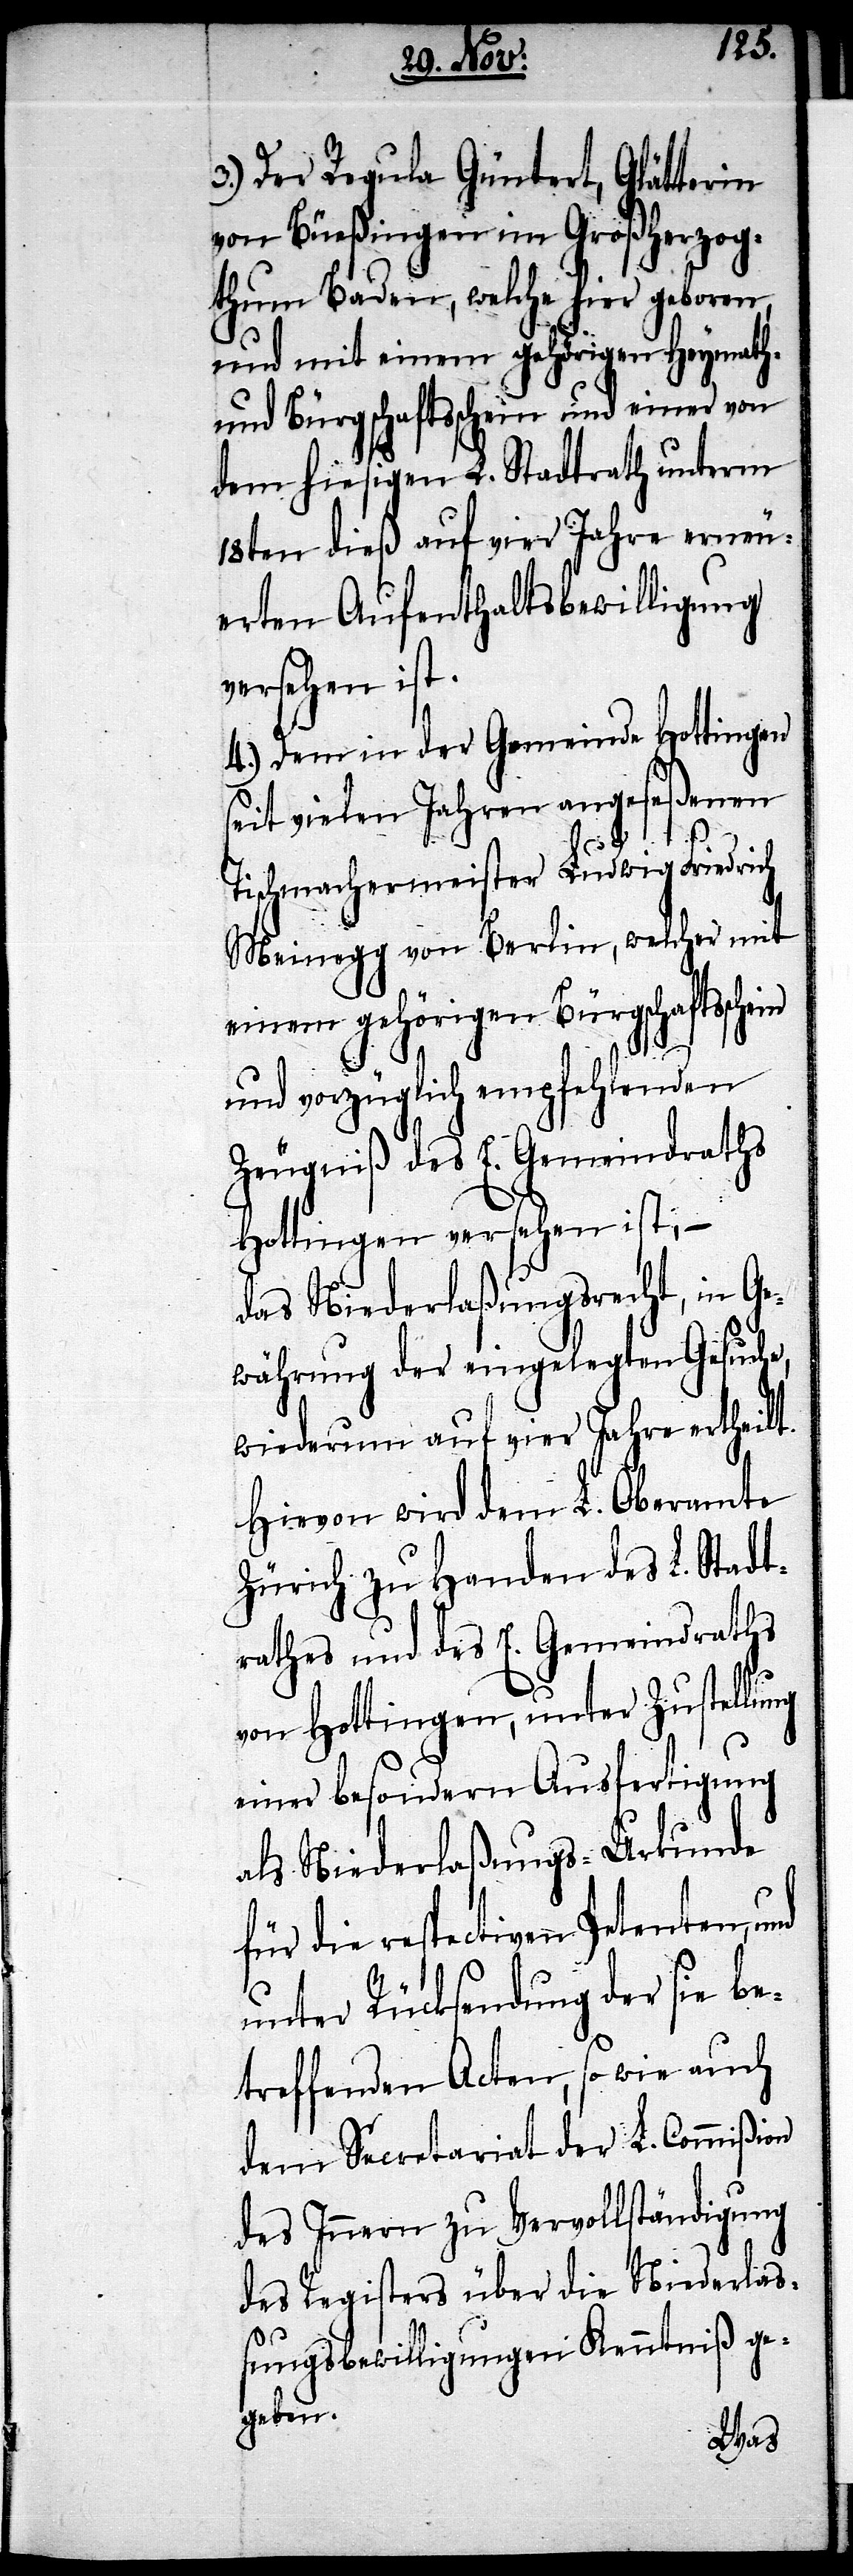
3.) Der Regula Güntert, Glätterin
von Büeßingen im Großherzog¬
thum Baden, welche hier geboren,
und mit einem gehörigen Heymath-
und Bürgschaftsschein und einer von
dem hiesigen L. Stadtrath unterm
18ten dieß auf vier Jahre erneu¬
erten Aufenthaltsbewilligung
versehen ist.
4.) Dem in der Gemeinde Hottingen
seit vielen Jahren angeseßenen
ng
Tischmachermeister Ludwig Friedrich
Meinegg von Berlin, welcher mit
einem gehörigen Bürgschaftssche¬
und vorzüglich empfehlenden
Zeugniß des E. Gemeindraths
Hottingen versehen ist, –
das Niederlaßungsrecht, in Ge¬
währung der eingelegten Gesuche,
wiederum auf vier Jahre ertheilt.
Hievon wird dem L. Oberamte
Zürich zu Handen des L. Stadt¬
rathes und des E. Gemeindraths
von Hottingen, unter Zustellu¬
einer besondern Ausfertigung
als Niederlaßungs-Urkunde
für die respectiven Petenten,
unter Rücksendung der sie be¬
treffenden Acten, so wie auch
dem Secretariat der L. Commißion
des Innern zu Vervollständigung
des Registers über die Niederlaß¬
ungsbewilligungen Kenntniß ge¬
geben.